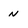
Character: N